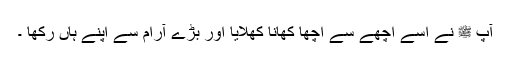
آپ ﷺ نے اسے اچھے سے اچھا کھانا کھلایا اور بڑے آرام سے اپنے ہاں رکھا ۔